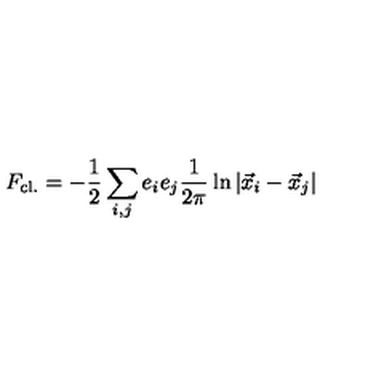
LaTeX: F _ { \mathrm { c l . } } = - \frac { 1 } { 2 } \sum _ { i , j } e _ { i } e _ { j } \frac { 1 } { 2 \pi } \ln \vert \vec { x } _ { i } - \vec { x } _ { j } \vert